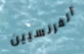
الفرنسيين